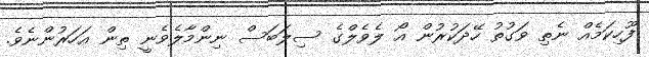
ފޫހިކަމެއް ނެތި ވަގުތު ހޭދަކުރުން އޯ ލެވެލްގެ ސިލަބަސް ނިންމާލެވެނީ ތިން އަހަރުންނެވެ.